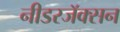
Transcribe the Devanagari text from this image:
नीडरजॅक्सन